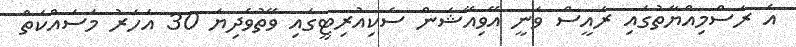
އެ ރަސްމިއްޔާތުގައި ރައީސް ވަނީ އޭވިއޭޝަން ސެކިއުރިޓީގައި ވޭތުވެދިޔަ 30 އަހަރު މަސައްކަތް